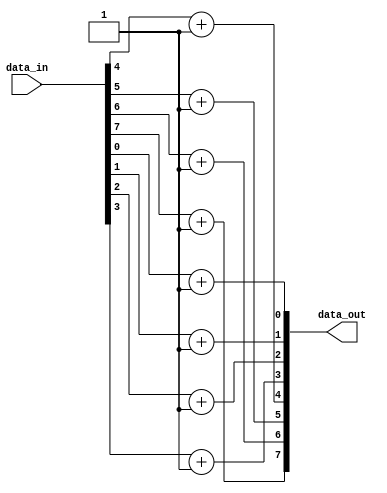
module generate_for_each_example (
    input wire [7:0] data_in,
    output reg [7:0] data_out
);

genvar i;
generate
    for (i = 0; i < 8; i = i + 1) begin : for_each_element
        always @* begin
            // Perform same operation on each element
            data_out[i] = data_in[i] + 1;
        end
    end
endgenerate

endmodule